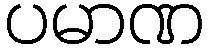
ပမာဏ